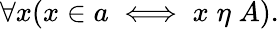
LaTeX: \forall x(x\in a\iff x\; \eta\; A).